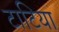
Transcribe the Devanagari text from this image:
टाटिया